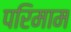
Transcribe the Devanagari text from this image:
परिमाम